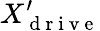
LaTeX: X_{\mathrm{~d~r~i~v~e~}}^{\prime}